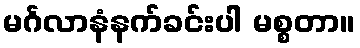
မင်္ဂလာနံနက်ခင်းပါ မစ္စတာ။